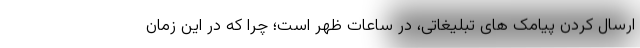
ارسال کردن پیامک های تبلیغاتی، در ساعات ظهر است؛ چرا که در این زمان